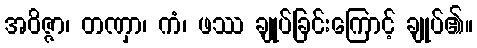
အဝိဇ္ဇာ၊ တဏှာ၊ ကံ၊ ဖဿ ချုပ်ခြင်းကြောင့် ချုပ်၏။